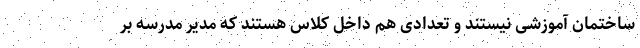
ساختمان آموزشی نیستند و تعدادی هم داخل کلاس هستند که مدیر مدرسه بر